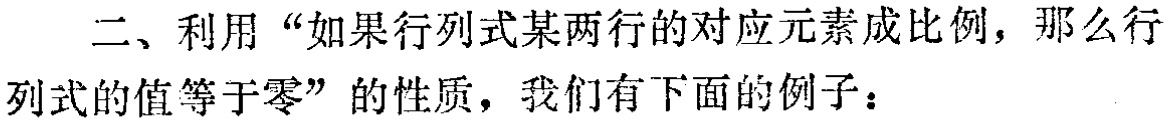
二、利用“如果行列式某两行的对应元素成比例，那么行列式的值等于零”的性质，我们有下面的例子：